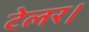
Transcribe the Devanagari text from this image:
टेलर।